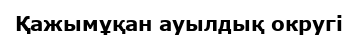
Қажымұқан ауылдық округі